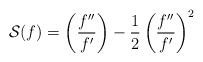
LaTeX: \begin{align*} \mathcal S(f) = \left (\frac{f''}{f'} \right) - \frac 12 \left(\frac{f''}{f'}\right)^2 \end{align*}